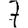
Digit: 7